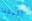
أثبتنا